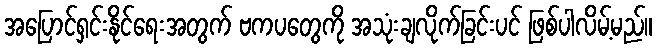
အပြောင်ရှင်းနိုင်ရေးအတွက် ဗကပတွေကို အသုံးချလိုက်ခြင်းပင် ဖြစ်ပါလိမ့်မည်။